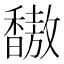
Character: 𫘀